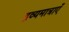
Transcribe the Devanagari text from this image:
द्रव्यमात्राएँ